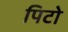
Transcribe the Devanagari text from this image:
पिटो